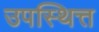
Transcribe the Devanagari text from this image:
उपस्थित्त